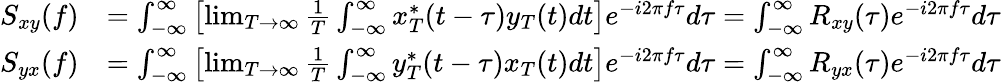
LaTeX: {\begin{array}{rl}{S_{xy}(f)}&{=\int_{-\infty}^{\infty}\left[\operatorname*{lim}_{T\to\infty}{\frac{1}{T}}\int_{-\infty}^{\infty}x_{T}^{*}(t-\tau)y_{T}(t)dt\right]e^{-i2\pi f\tau}d\tau=\int_{-\infty}^{\infty}R_{xy}(\tau)e^{-i2\pi f\tau}d\tau}\\ {S_{yx}(f)}&{=\int_{-\infty}^{\infty}\left[\operatorname*{lim}_{T\to\infty}{\frac{1}{T}}\int_{-\infty}^{\infty}y_{T}^{*}(t-\tau)x_{T}(t)dt\right]e^{-i2\pi f\tau}d\tau=\int_{-\infty}^{\infty}R_{yx}(\tau)e^{-i2\pi f\tau}d\tau}\end{array}}